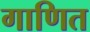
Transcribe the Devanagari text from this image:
गाणित